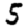
Digit: 5